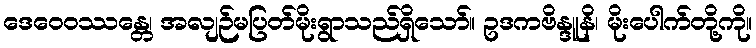
ဒေဝေဝဿန္တေ၊ အလျဉ်မပြတ်မိုးရွာသည်ရှိသော်။ ဥဒကဗိန္ဒူနိ၊ မိုးပေါက်တို့ကို။